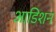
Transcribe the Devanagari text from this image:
आडिशन